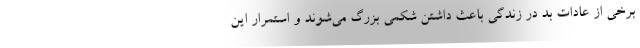
برخی از عادات بد در زندگی باعث داشتن شکمی بزرگ می‌شوند و استمرار این